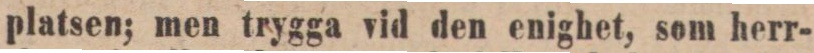
platsen; men trygga vid den enighet, som herr-